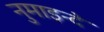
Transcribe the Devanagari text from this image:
नुमाइन्दे